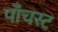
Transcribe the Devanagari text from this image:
पाँचस्ट